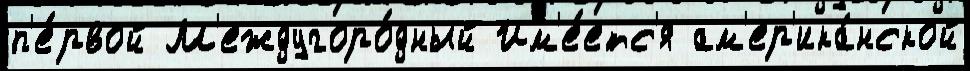
п'е́рвой М'еждугоро́дный Им'е́етс'я ам'ер'ика́нской